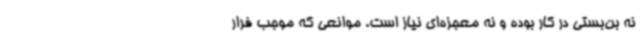
نه بن‌بستی در کار بوده و نه معجزه‌ای نیاز است. موانعی که موجب فرار